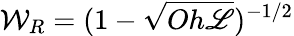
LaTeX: {\mathcal{W}}_{R}={(1-\sqrt{Oh{\mathscr{L}}})^{-1/2}}